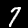
Label: 7